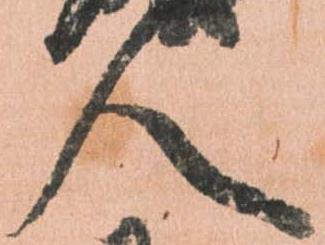
人